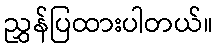
ညွှန်ပြထားပါတယ်။